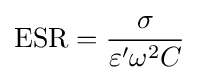
\mathrm {ESR} ={\frac {\sigma }{\varepsilon '\omega ^{2}C}}